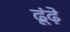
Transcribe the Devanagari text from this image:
ढूंढ़े